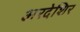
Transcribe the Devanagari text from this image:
अरदेशिर